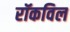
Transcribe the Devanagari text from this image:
रॉकविल